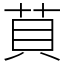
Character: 𦮷